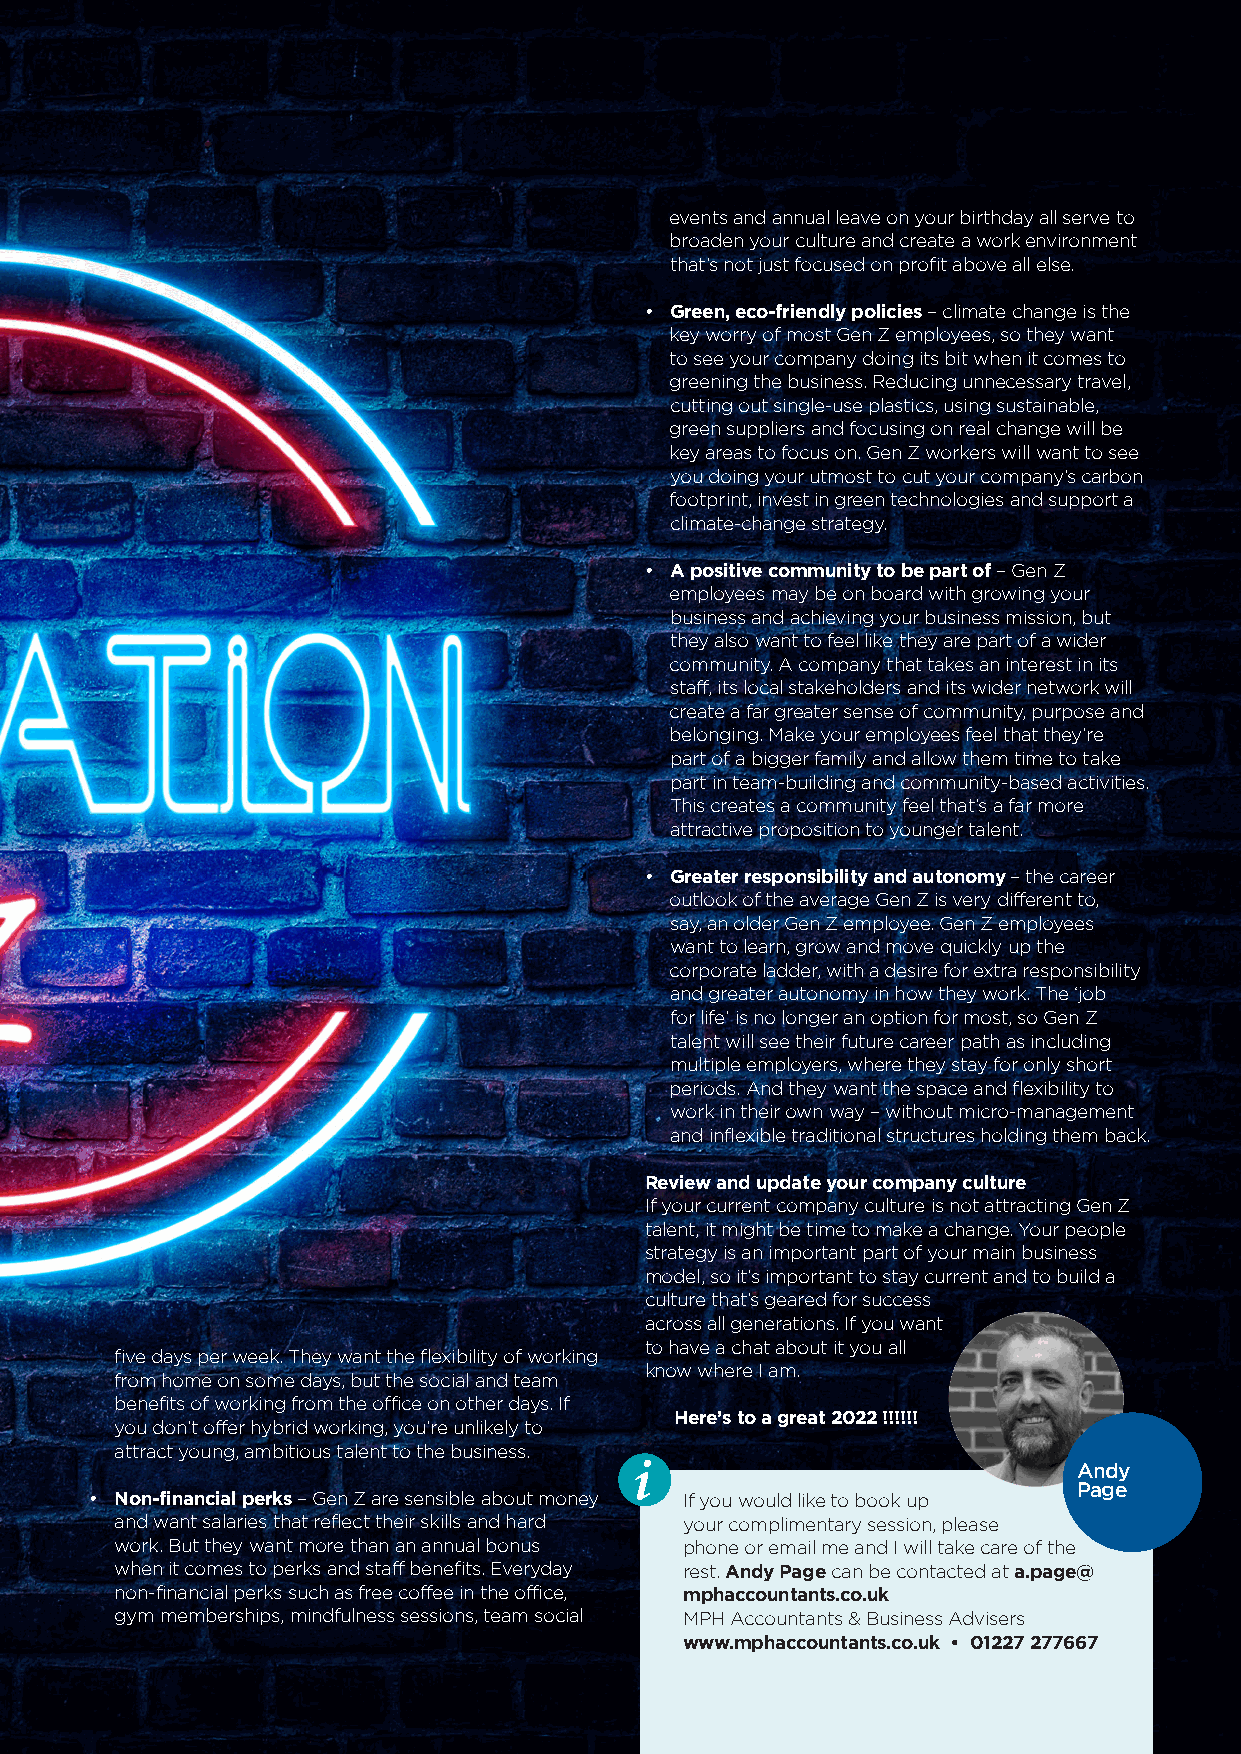
events and annual leave on your birthday all serve to
 broaden your culture and create a work environment
 that’s not just focused on profit above all else.
 • Green, eco-friendly policies – climate change is the
 key worry of most Gen Z employees, so they want
 to see your company doing its bit when it comes to
 greening the business. Reducing unnecessary travel,
 cutting out single-use plastics, using sustainable,
 green suppliers and focusing on real change will be
 key areas to focus on. Gen Z workers will want to see
 you doing your utmost to cut your company’s carbon
 footprint, invest in green technologies and support a
 climate-change strategy.
 • A positive community to be part of – Gen Z
 employees may be on board with growing your
 business and achieving your business mission, but
 they also want to feel like they are part of a wider
 community. A company that takes an interest in its
 staff, its local stakeholders and its wider network will
 create a far greater sense of community, purpose and
 belonging. Make your employees feel that they’re
 part of a bigger family and allow them time to take
 part in team-building and community-based activities.
 This creates a community feel that’s a far more
 attractive proposition to younger talent.
 • Greater responsibility and autonomy – the career
 outlook of the average Gen Z is very different to,
 say, an older Gen Z employee. Gen Z employees
 want to learn, grow and move quickly up the
 corporate ladder, with a desire for extra responsibility
 and greater autonomy in how they work. The ‘job
 for life’ is no longer an option for most, so Gen Z
 talent will see their future career path as including
 multiple employers, where they stay for only short
 periods. And they want the space and flexibility to
 work in their own way – without micro-management
 and inflexible traditional structures holding them back.
 Review and update your company culture
 If your current company culture is not attracting Gen Z
 talent, it might be time to make a change. Your people
 strategy is an important part of your main business
 model, so it’s important to stay current and to build a
 culture that’s geared for success
 across all generations. If you want
 to have a chat about it you all
 five days per week. They want the flexibility of working
 know where I am.
 from home on some days, but the social and team
 benefits of working from the office on other days. If
 Here’s to a great 2022 !!!!!!
 you don’t offer hybrid working, you’re unlikely to
 attract young, ambitious talent to the business. i
 Andy
 Page
 • Non-financial perks – Gen Z are sensible about money If you would like to book up
 and want salaries that reflect their skills and hard your complimentary session, please
 work. But they want more than an annual bonus phone or email me and I will take care of the
 when it comes to perks and staff benefits. Everyday rest. Andy Page can be contacted at a.page@
 non-financial perks such as free coffee in the office, mphaccountants.co.uk
 gym memberships, mindfulness sessions, team social MPH Accountants & Business Advisers
 www.mphaccountants.co.uk • 01227 277667